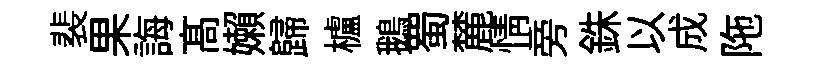
裴果誨髙嬾歸櫨鵝蜀麓情旁銖以成陁